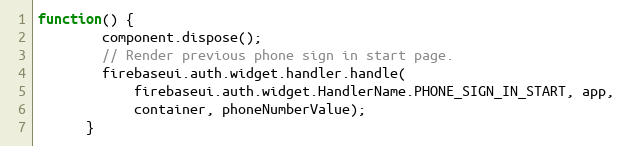
Language: JavaScript
function() {
        component.dispose();
        // Render previous phone sign in start page.
        firebaseui.auth.widget.handler.handle(
            firebaseui.auth.widget.HandlerName.PHONE_SIGN_IN_START, app,
            container, phoneNumberValue);
      }